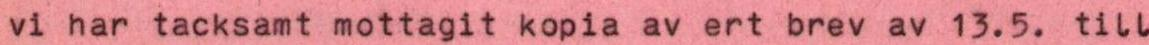
vi har tacksamt mottagit kopia av ert brev av 13.5. till